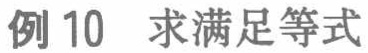
例 10 求满足等式